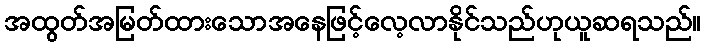
အထွတ်အမြတ်ထားသောအနေဖြင့်လေ့လာနိုင်သည်ဟုယူဆရသည်။